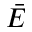
\bar { E }